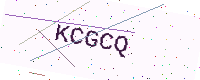
Text: KCGCQ